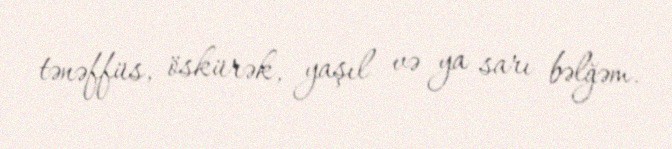
tənəffüs, öskürək, yaşıl və ya sarı bəlğəm.